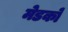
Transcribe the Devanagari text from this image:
मेडको